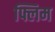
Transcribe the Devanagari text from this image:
फ्लिम